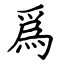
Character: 爲